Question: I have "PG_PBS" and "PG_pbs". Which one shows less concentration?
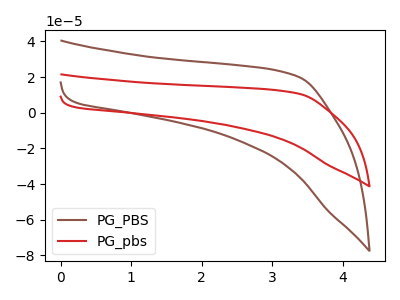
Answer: <think>The brown curve "PG_PBS" has no peaks. The red curve "PG_pbs" has no peaks.
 Neither "PG_PBS" or "PG_pbs" have any peaks.</think>
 <answer>I cant tell if "PG_PBS" or "PG_pbs" has higher concentration.</answer>
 <eval>mixed_concentration</eval>